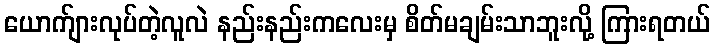
ယောက်ျားလုပ်တဲ့လူလဲ နည်းနည်းကလေးမှ စိတ်မချမ်းသာဘူးလို့ ကြားရတယ်